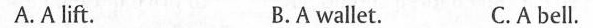
A.Alift. B.A wallet. C.A bell.